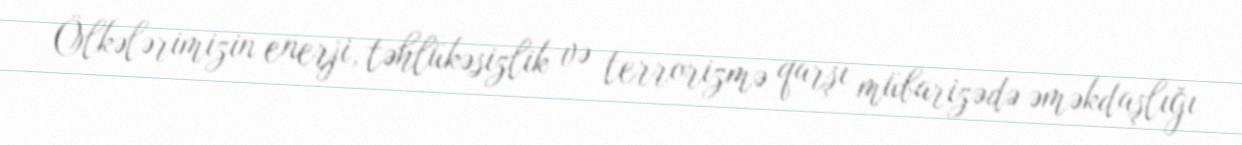
Ölkələrimizin enerji, təhlükəsizlik və terrorizmə qarşı mübarizədə əməkdaşlığı